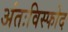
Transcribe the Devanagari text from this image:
अंतःविस्फोद